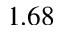
1 . 6 8